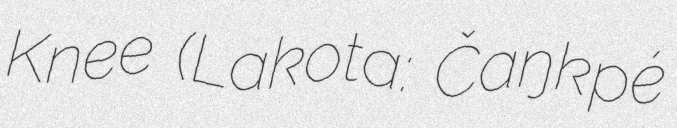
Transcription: Knee (Lakota: Čaŋkpé